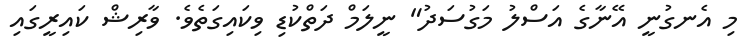
މި އެނގުނީ އޭނާގެ އަސްލު މަގުސަދު" ނީލަމް ދަތްކުޑި ވިކައިގަތެވެ. ވާރިޝް ކައިރީގައި